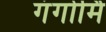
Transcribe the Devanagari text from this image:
गंगोर्मि